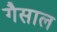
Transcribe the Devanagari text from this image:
गैसाल